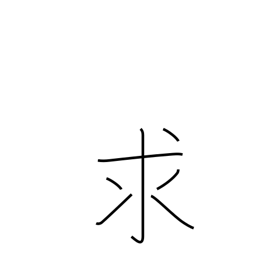
Meaning: want